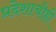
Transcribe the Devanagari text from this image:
प्रदेशाचीही